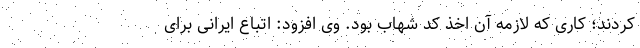
کردند؛ کاری که لازمه آن اخذ کد شهاب بود.‌ وی افزود: اتباع ایرانی برای